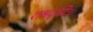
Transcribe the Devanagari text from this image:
शश्वदृद्धिः।।